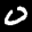
Label: 0